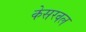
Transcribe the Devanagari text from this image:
केसरवल